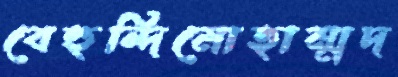
বেহুন্দিমোহাম্মদ